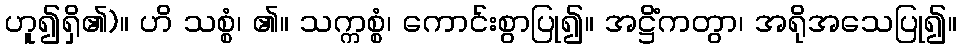
ဟူ၍ရှိ၏)။ ဟိ သစ္စံ၊ ၏။ သက္ကစ္စံ၊ ကောင်းစွာပြု၍။ အဋ္ဌိံကတွာ၊ အရိုအသေပြု၍။